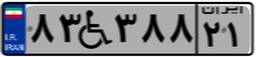
۸۲W۸۰۹۴۲